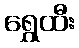
ရွှေထီး